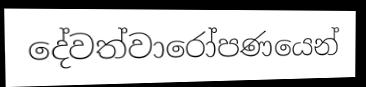
දේවත්වාරෝපණයෙන්